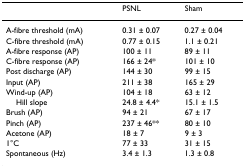
|  | PSNL | Sham |
 | --- | --- | --- |
 | A-fibre threshold (mA) | 0.31 ± 0.07 | 0.27 ± 0.04 |
 | C-fibre threshold (mA) | 0.77 ± 0.15 | 1.1 ± 0.21 |
 | A-fibre response (AP) | 100 ± 11 | 89 ± 11 |
 | C-fibre response (AP) | 166 ± 24* | 101 ± 10 |
 | Post discharge (AP) | 144 ± 30 | 99 ± 15 |
 | Input (AP) | 211 ± 38 | 165 ± 29 |
 | Wind-up (AP) | 104 ± 18 | 63 ± 12 |
 | Hill slope | 24.8 ± 4.4* | 15.1 ± 1.5 |
 | Brush (AP) | 94 ± 21 | 67 ± 17 |
 | Pinch (AP) | 237 ± 46** | 80 ± 10 |
 | Acetone (AP) | 18 ± 7 | 9 ± 3 |
 | 1°C | 77 ± 33 | 31 ± 15 |
 | Spontaneous (Hz) | 3.4 ± 1.3 | 1.3 ± 0.8 |